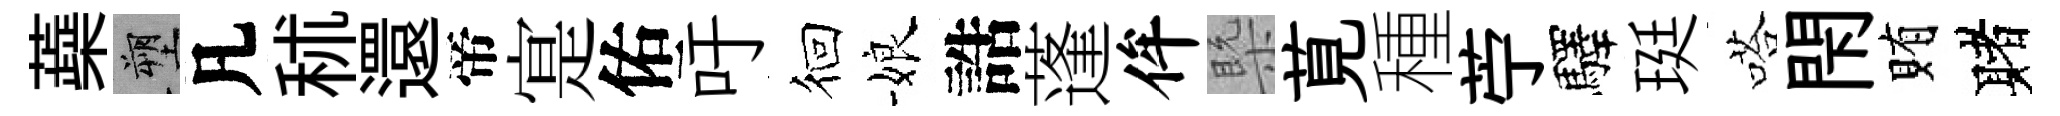
蘃塑凡秫還帝寔佑吁徊娘誥蓬侔槩莧種苧驛珽嗒閇賄赌